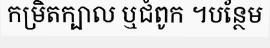
កម្រិតក្បាល ឬជំពូក ។បន្ថែម